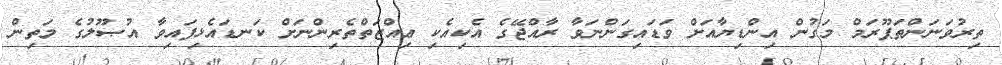
ތިރުވަނަންތަޕޫރަމް މަގުން އިންޑިޔާއަށް ވަޑައިގަންނަވާ ރާއްޖޭގެ އެކިއެކި ޢިއްޒަތްތެރިންނަށް ކަނޑައެޅިފައިވާ އުޞޫލުގެ މަތިން